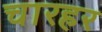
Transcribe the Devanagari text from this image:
चारहर